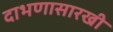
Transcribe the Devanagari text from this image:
दाभणासारखी